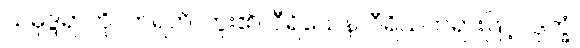
သမုဒ္ဒရာကို။ တရတိ၊ ကူး၏။ ဝီရိယေန၊ ဝီရိယတရားဖြင့်။ ဒုက္ခံ၊